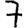
Digit: 7